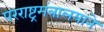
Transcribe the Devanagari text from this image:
परराष्ट्रमंत्रालयाने